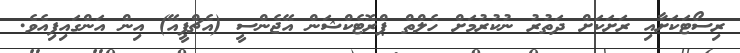
ރިސޯޓަކަށާއި ރަށަކަށް ދަތުރު ނުކުރުމަށް ހެލްތް ޕްރޮޓެކްޝަން އޭޖެންސީ (އެޗްޕީއޭ) އިން އަންގައިފިއެވެ.